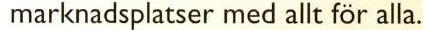
 marknadsplatser med allt för alla.